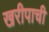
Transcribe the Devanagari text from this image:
खरीपाची